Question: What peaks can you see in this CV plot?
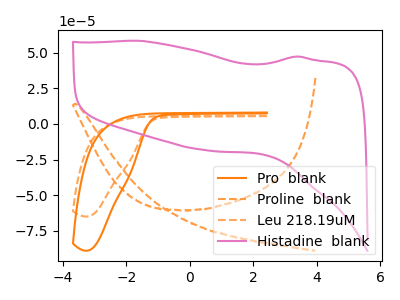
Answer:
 <answer>The orange curve "Pro  blank" has no peaks. The orange dashed curve "Proline  blank" has no peaks. The orange dashed curve "Leu 218.19uM" has no peaks. The pink curve "Histadine  blank" has no peaks.</answer>
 <eval></eval>